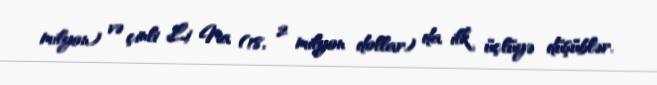
milyon) və çinli Li Na (18, 2 milyon dollar) da ilk üçlüyə düşüblər.